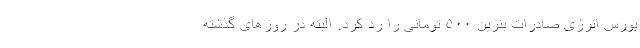
بورس انرژی صادرات بنزین ۵۰۰ تومانی را رد کرد. البته در روزهای گذشته